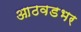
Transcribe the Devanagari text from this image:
आठवडभर